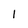
Character: 1